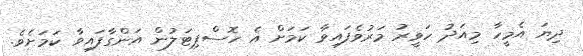
ދިޔަ އެމީހާ މިއަދު ހަވީރު މަރުވެފައިވާ ކަމަށް އެ ހޮސްޕިޓަލުން އަންގާފައިވާ ކަމަށެވެ.